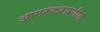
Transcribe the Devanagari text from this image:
आगरकरप्रणीत